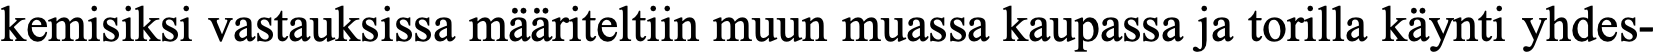
kemisiksi vastauksissa määriteltiin muun muassa kaupassa ja torilla käynti yhdes-